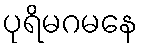
ပုရိမဂမနေ